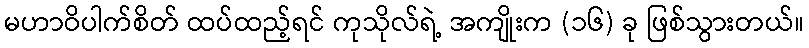
မဟာဝိပါက်စိတ် ထပ်ထည့်ရင် ကုသိုလ်ရဲ့ အကျိုးက (၁၆) ခု ဖြစ်သွားတယ်။